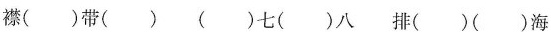
襟( )带( ) ( )七( )八 排( )( )海